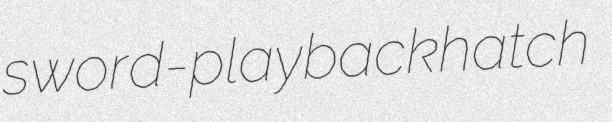
sword-play backhatch